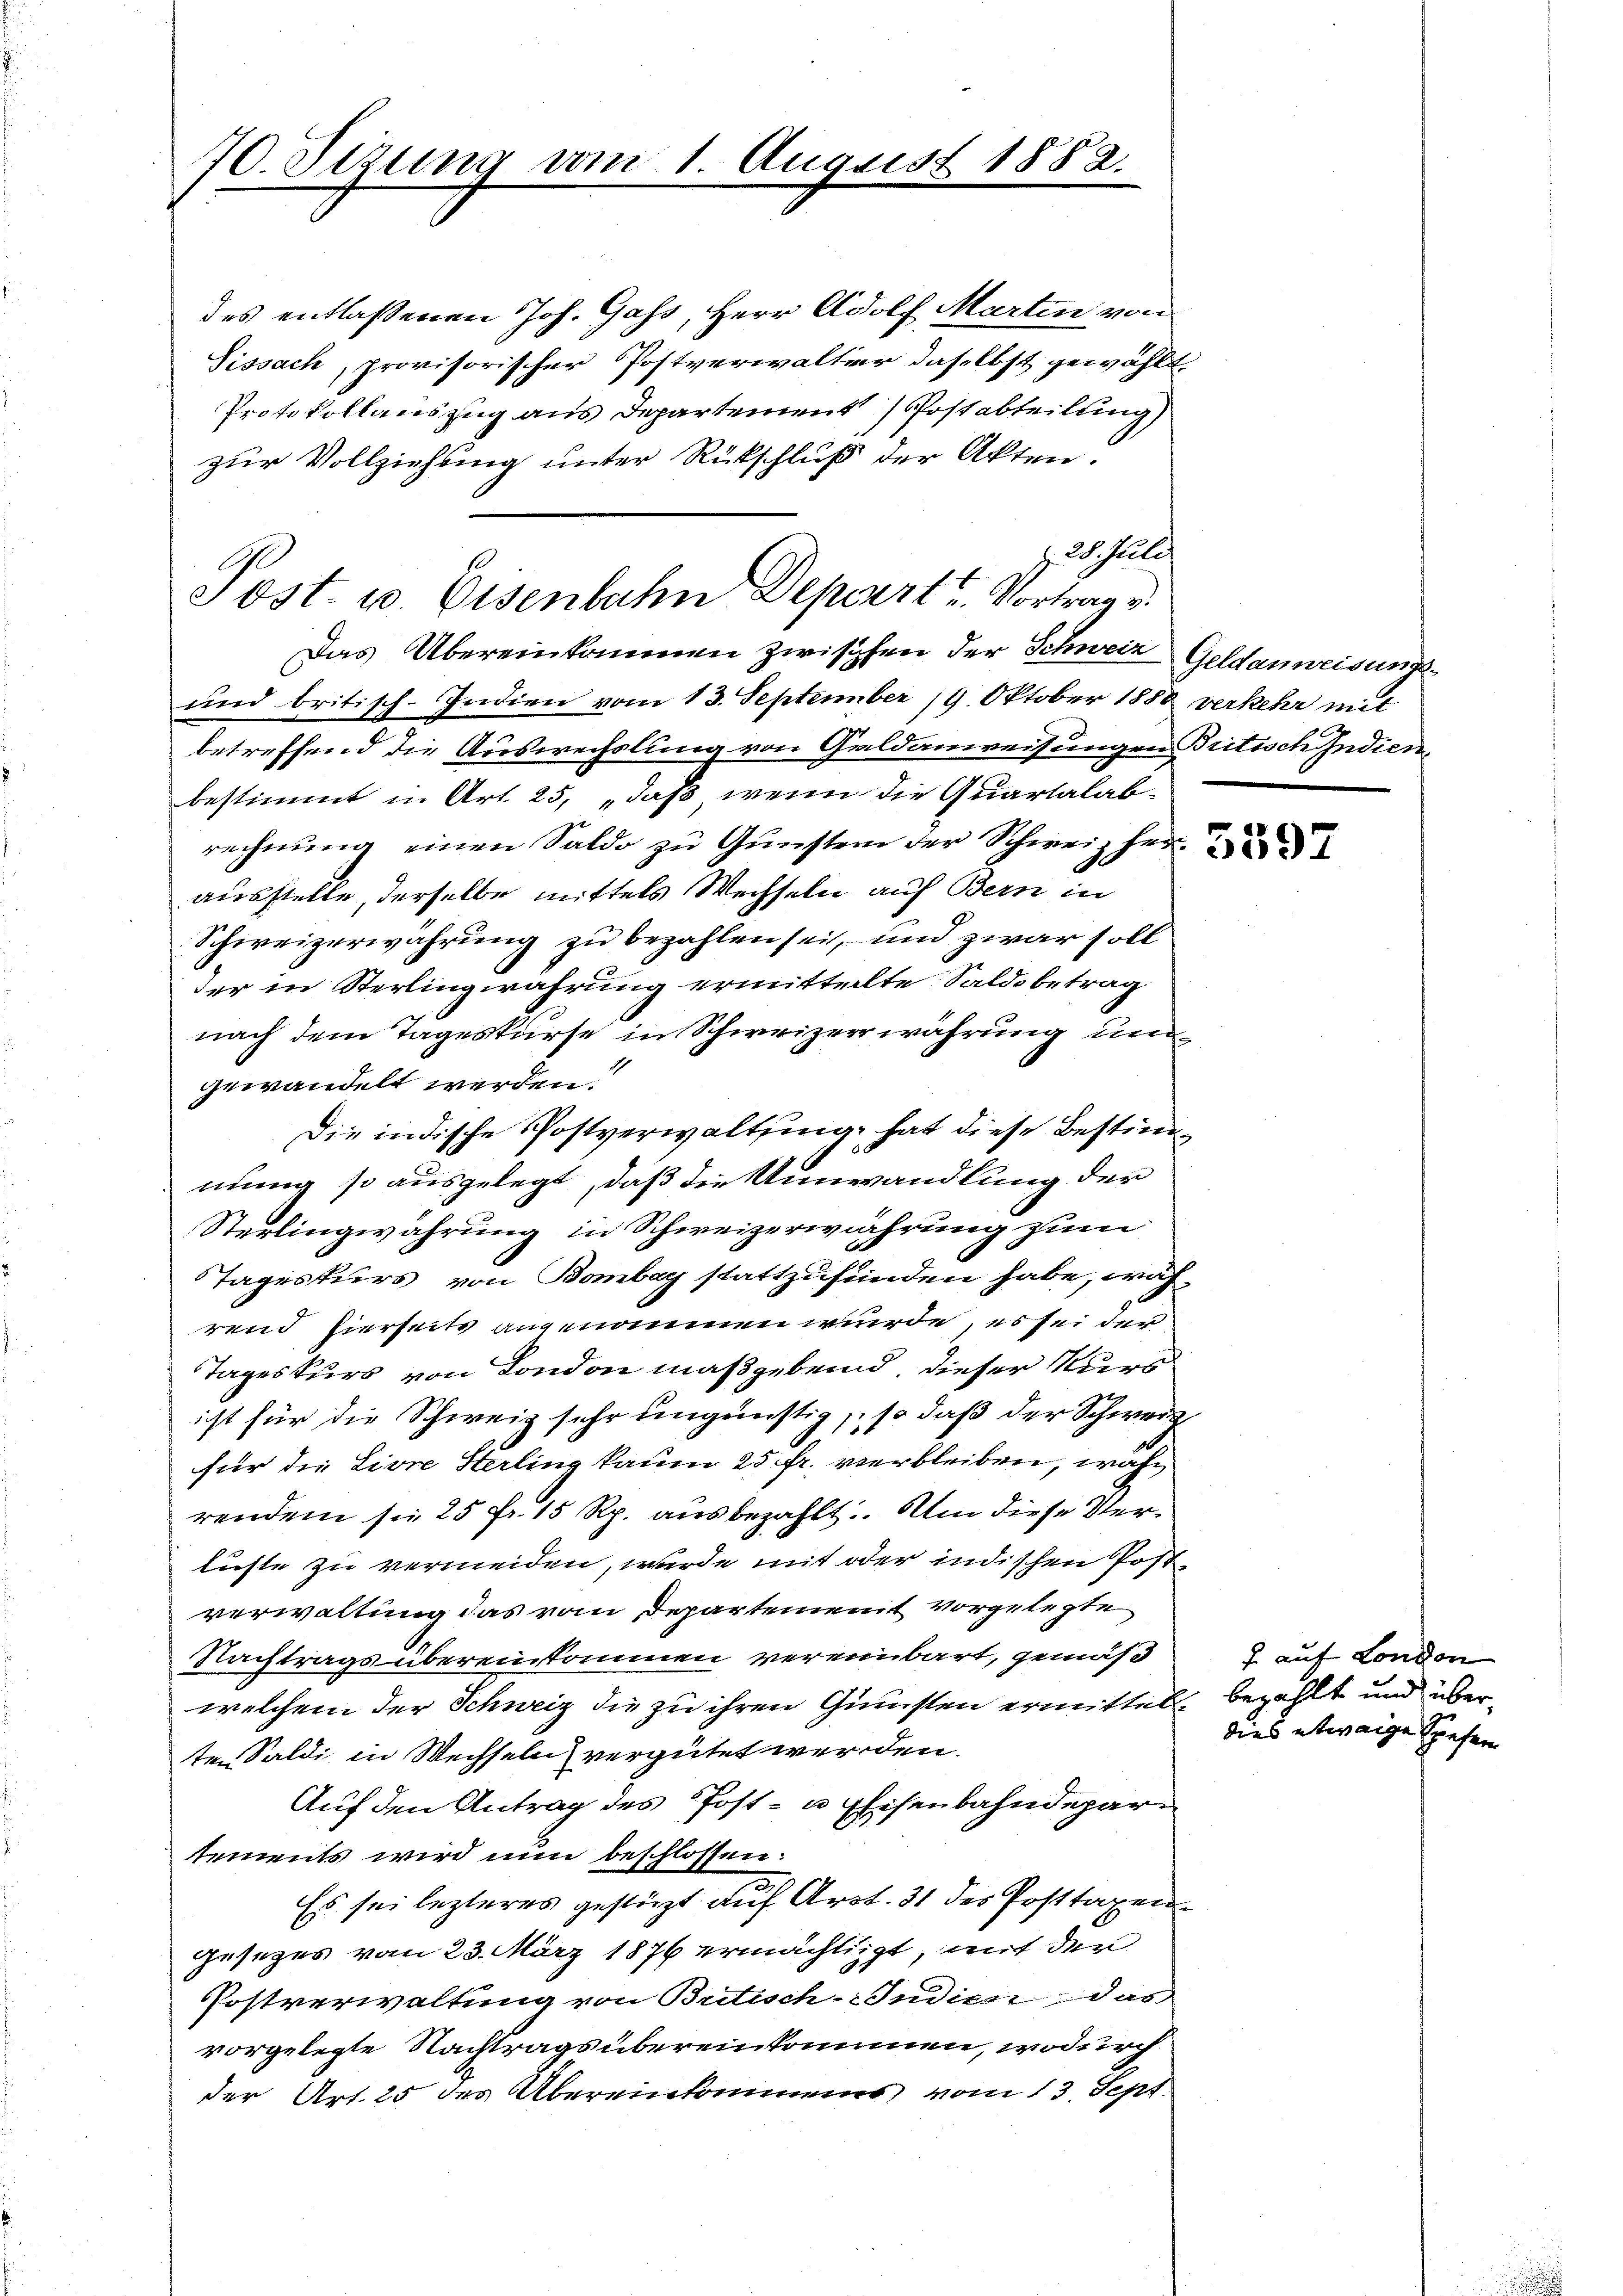
70. Sizung vom 1. August 1882.

Das Übereinkommen zwischen der Schweiz Geldanweisungs-
und britisch-Indien vom 13. September 19. Oktober 1880 verkehr mit
betreffend die Auswechslung von Geldanweisungen Britisch Indien
bestimmt in Art. 25, „daß, wenn die Quartalabrechnung einen Saldo zu Gunsten der Schweiz her
ausstelle, derselbe mittels Wechseln auf Bern in
Schweizerwährung zu bezahlen sei, und zwar soll
der in Sterlingwahrung ermitteilte Saldo betrag
nach dem Tageskurse in Schweizer währung und
gewandelt werden.
Die indische Postverwaltung, hat diese Bestimnung so ausgelegt, daß die Umwandlung der
Sterlingwahrung in Schweizerwahrung zum
Tageskurs von Bombay stattzufinden habe, wäh-
rend hierseits angenommen wurde, es sei der
Tageskurs von London maßgebend, dieser Kurs
ist für die Schweiz sehr ungünstig, so daß der Schweiz
für die Livre Sterling kaum 25 fr. verbleiben, währendem sie 25 fr. 15 Rp. ausbezahlt. Um diese Verlieste zu vermeiden, wurde mit oder indischen Postverwaltung das vom Departement vorgelegte
Nachtragsübereinkommen vereinbart, gemäß
welchem der Schweiz die zu ihren Gunsten ermittelten Saldi in Wechseln vergütet werden.
Auf den Antrag des Post- u Eisenbahndepartements wird nun beschlossen:
Es sei lezteres gestüzt auf Art. 31 des Posttaxen
gesezes vom 23. März 1876 ermächtigt, mit den
Postverwaltung von Butisch-Studien das
vorgelegte Nachtrags übereinkommen, wodurch
der Art. 25 des Übereinkommens vom 13. Sept.

des entlassenen Joh. Gass, Herr Adolf Martin von
Sissach, provisorischer Postverwalter daselbst gewählt.
Protokollauszug aus Departement Postabteilung
zur Vollziehung unter Rückschluß der Akten.
z 28. Juli
Post- u. Eisenbahn Depart u. Vortrag v.

f auf London
bezahlt und über
dies etwaige Spesen